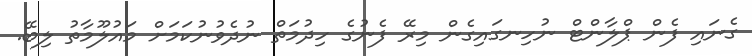
ގެނައި ފެން ޕްލާންޓް ނުހިނގައިގެން މިރޭ ފެނުގެ ހިދުމަތް ނުދެވުނުކަމަށް މައުލޫމާތު ލިބޭ.